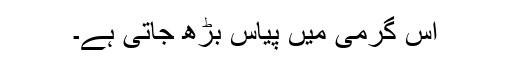
اس گرمی میں پیاس بڑھ جاتی ہے۔